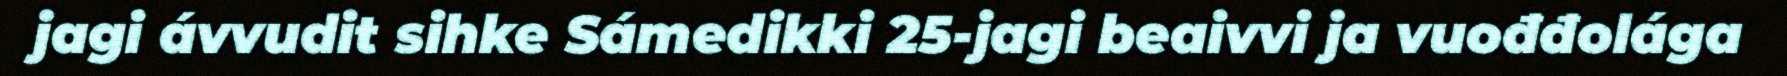
jagi ávvudit sihke Sámedikki 25-jagi beaivvi ja vuođđolága